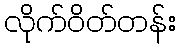
လိုက်ဝိတ်တန်း